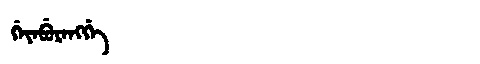
Manchu: ᡤᡝᠶᡝᠪᡠᡵᡝᠩᡤᡝ
Romanization: GEYEBURENGGE